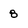
Character: 8